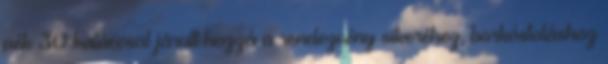
pék 30 kaláccsal járult hozzá a rendezvény sikeréhez, borkóstoláshoz